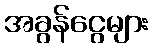
အခွန်ငွေများ